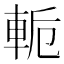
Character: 𨋜